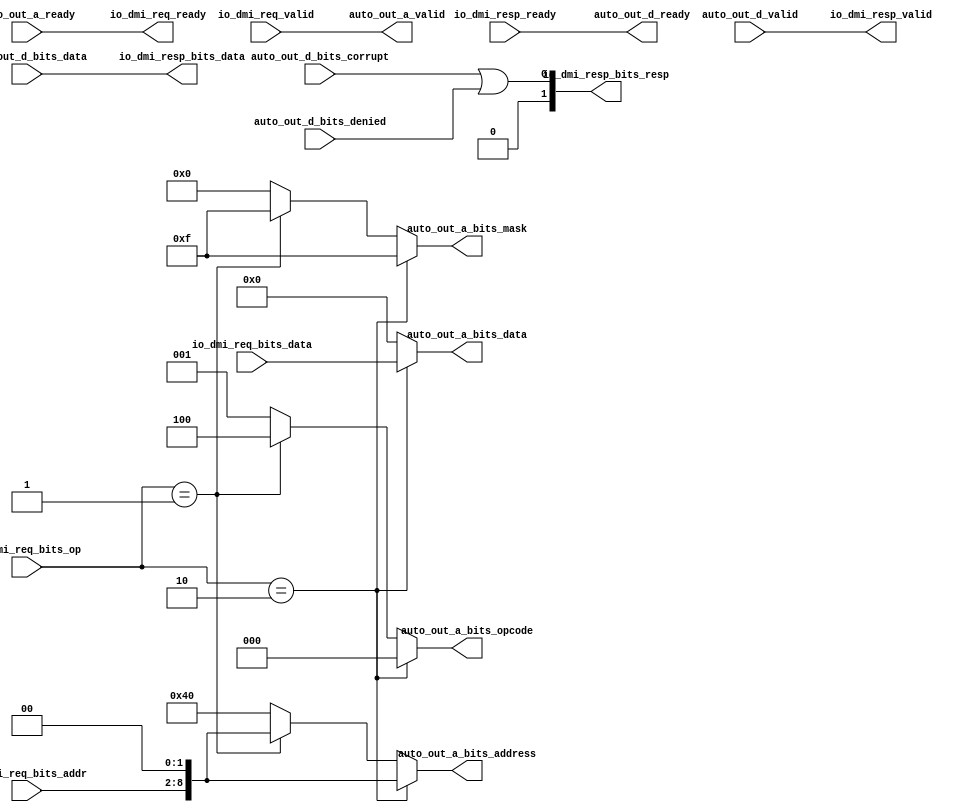
module DMIToTL( // @[:freechips.rocketchip.system.DefaultRV32Config.fir@97333.2]
  input         auto_out_a_ready, // @[:freechips.rocketchip.system.DefaultRV32Config.fir@97336.4]
  output        auto_out_a_valid, // @[:freechips.rocketchip.system.DefaultRV32Config.fir@97336.4]
  output [2:0]  auto_out_a_bits_opcode, // @[:freechips.rocketchip.system.DefaultRV32Config.fir@97336.4]
  output [8:0]  auto_out_a_bits_address, // @[:freechips.rocketchip.system.DefaultRV32Config.fir@97336.4]
  output [3:0]  auto_out_a_bits_mask, // @[:freechips.rocketchip.system.DefaultRV32Config.fir@97336.4]
  output [31:0] auto_out_a_bits_data, // @[:freechips.rocketchip.system.DefaultRV32Config.fir@97336.4]
  output        auto_out_d_ready, // @[:freechips.rocketchip.system.DefaultRV32Config.fir@97336.4]
  input         auto_out_d_valid, // @[:freechips.rocketchip.system.DefaultRV32Config.fir@97336.4]
  input         auto_out_d_bits_denied, // @[:freechips.rocketchip.system.DefaultRV32Config.fir@97336.4]
  input  [31:0] auto_out_d_bits_data, // @[:freechips.rocketchip.system.DefaultRV32Config.fir@97336.4]
  input         auto_out_d_bits_corrupt, // @[:freechips.rocketchip.system.DefaultRV32Config.fir@97336.4]
  output        io_dmi_req_ready, // @[:freechips.rocketchip.system.DefaultRV32Config.fir@97337.4]
  input         io_dmi_req_valid, // @[:freechips.rocketchip.system.DefaultRV32Config.fir@97337.4]
  input  [6:0]  io_dmi_req_bits_addr, // @[:freechips.rocketchip.system.DefaultRV32Config.fir@97337.4]
  input  [31:0] io_dmi_req_bits_data, // @[:freechips.rocketchip.system.DefaultRV32Config.fir@97337.4]
  input  [1:0]  io_dmi_req_bits_op, // @[:freechips.rocketchip.system.DefaultRV32Config.fir@97337.4]
  input         io_dmi_resp_ready, // @[:freechips.rocketchip.system.DefaultRV32Config.fir@97337.4]
  output        io_dmi_resp_valid, // @[:freechips.rocketchip.system.DefaultRV32Config.fir@97337.4]
  output [31:0] io_dmi_resp_bits_data, // @[:freechips.rocketchip.system.DefaultRV32Config.fir@97337.4]
  output [1:0]  io_dmi_resp_bits_resp // @[:freechips.rocketchip.system.DefaultRV32Config.fir@97337.4]
);
  wire [8:0] addr; // @[DMI.scala 97:46:freechips.rocketchip.system.DefaultRV32Config.fir@97348.4]
  wire  _T_100; // @[DMI.scala 111:30:freechips.rocketchip.system.DefaultRV32Config.fir@97480.4]
  wire  _T_101; // @[DMI.scala 112:37:freechips.rocketchip.system.DefaultRV32Config.fir@97492.6]
  wire [3:0] _GEN_2; // @[DMI.scala 112:64:freechips.rocketchip.system.DefaultRV32Config.fir@97493.6]
  wire [8:0] _GEN_3; // @[DMI.scala 112:64:freechips.rocketchip.system.DefaultRV32Config.fir@97493.6]
  wire [2:0] _GEN_7; // @[DMI.scala 112:64:freechips.rocketchip.system.DefaultRV32Config.fir@97493.6]
  wire  _T_102; // @[DMI.scala 121:53:freechips.rocketchip.system.DefaultRV32Config.fir@97517.4]
  assign addr = {io_dmi_req_bits_addr, 2'h0}; // @[DMI.scala 97:46:freechips.rocketchip.system.DefaultRV32Config.fir@97348.4]
  assign _T_100 = io_dmi_req_bits_op == 2'h2; // @[DMI.scala 111:30:freechips.rocketchip.system.DefaultRV32Config.fir@97480.4]
  assign _T_101 = io_dmi_req_bits_op == 2'h1; // @[DMI.scala 112:37:freechips.rocketchip.system.DefaultRV32Config.fir@97492.6]
  assign _GEN_2 = _T_101 ? 4'hf : 4'h0; // @[DMI.scala 112:64:freechips.rocketchip.system.DefaultRV32Config.fir@97493.6]
  assign _GEN_3 = _T_101 ? addr : 9'h40; // @[DMI.scala 112:64:freechips.rocketchip.system.DefaultRV32Config.fir@97493.6]
  assign _GEN_7 = _T_101 ? 3'h4 : 3'h1; // @[DMI.scala 112:64:freechips.rocketchip.system.DefaultRV32Config.fir@97493.6]
  assign _T_102 = auto_out_d_bits_corrupt | auto_out_d_bits_denied; // @[DMI.scala 121:53:freechips.rocketchip.system.DefaultRV32Config.fir@97517.4]
  assign auto_out_a_valid = io_dmi_req_valid; // @[LazyModule.scala 305:12:freechips.rocketchip.system.DefaultRV32Config.fir@97345.4]
  assign auto_out_a_bits_opcode = _T_100 ? 3'h0 : _GEN_7; // @[LazyModule.scala 305:12:freechips.rocketchip.system.DefaultRV32Config.fir@97345.4]
  assign auto_out_a_bits_address = _T_100 ? addr : _GEN_3; // @[LazyModule.scala 305:12:freechips.rocketchip.system.DefaultRV32Config.fir@97345.4]
  assign auto_out_a_bits_mask = _T_100 ? 4'hf : _GEN_2; // @[LazyModule.scala 305:12:freechips.rocketchip.system.DefaultRV32Config.fir@97345.4]
  assign auto_out_a_bits_data = _T_100 ? io_dmi_req_bits_data : 32'h0; // @[LazyModule.scala 305:12:freechips.rocketchip.system.DefaultRV32Config.fir@97345.4]
  assign auto_out_d_ready = io_dmi_resp_ready; // @[LazyModule.scala 305:12:freechips.rocketchip.system.DefaultRV32Config.fir@97345.4]
  assign io_dmi_req_ready = auto_out_a_ready; // @[DMI.scala 117:22:freechips.rocketchip.system.DefaultRV32Config.fir@97514.4]
  assign io_dmi_resp_valid = auto_out_d_valid; // @[DMI.scala 119:28:freechips.rocketchip.system.DefaultRV32Config.fir@97515.4]
  assign io_dmi_resp_bits_data = auto_out_d_bits_data; // @[DMI.scala 122:28:freechips.rocketchip.system.DefaultRV32Config.fir@97520.4]
  assign io_dmi_resp_bits_resp = {{1'd0}, _T_102}; // @[DMI.scala 121:28:freechips.rocketchip.system.DefaultRV32Config.fir@97519.4]
endmodule